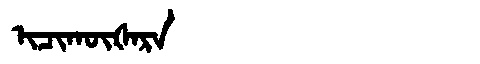
Manchu: ᡳᠴᡳᡴᡡᡧᠠᡵᠠ
Romanization: ICIKŪŠARA